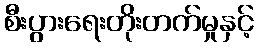
စီးပွားရေးတိုးတက်မှုနှင့်